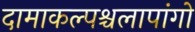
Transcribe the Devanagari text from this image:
दामाकल्पश्चलापांगो